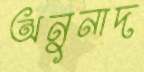
অনুনাদ